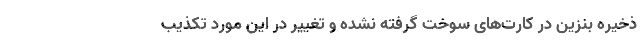
ذخیره بنزین در کارت‌های سوخت گرفته نشده و تغییر در این مورد تکذیب